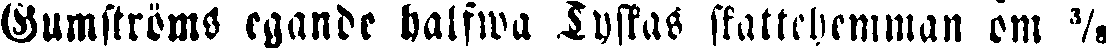
Gumströms egande halfwa Tyskas skattehemman om ⅜